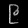
Digit: ၉